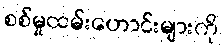
စစ်မှုထမ်းဟောင်းများကို